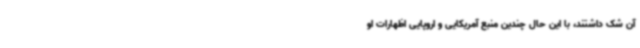
آن شک داشتند، با این حال چندین منبع آمریکایی و اروپایی اظهارات او